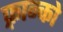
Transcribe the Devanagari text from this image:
फ़्रान्को